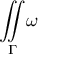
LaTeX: { \underset { \Gamma } { \iint } } \omega